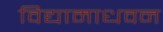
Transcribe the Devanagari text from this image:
विद्यामाधवन